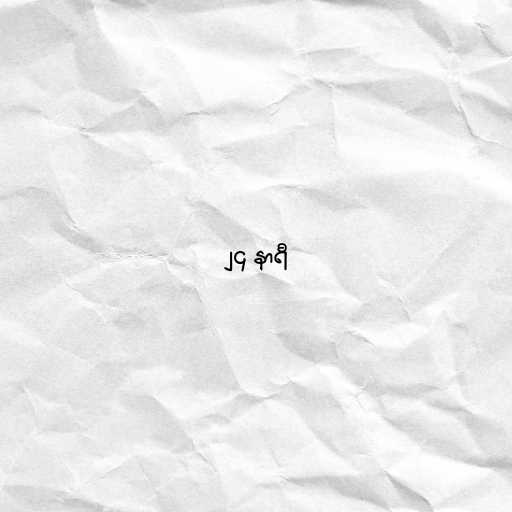
၂၄ နာရီ